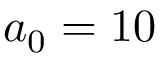
a _ { 0 } = 1 0